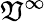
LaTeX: \mathfrak{V}^{\infty}